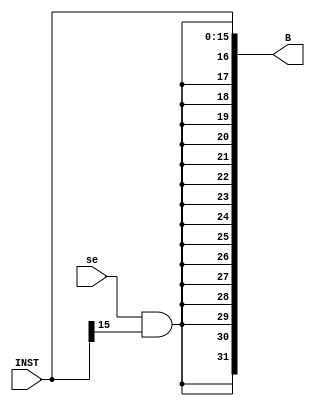
`timescale 1ns / 1ps
//////////////////////////////////////////////////////////////////////////////////
// Company: 
// 
// Design Name: 
// Module Name:    IMM 
// Project Name: 
// Target Devices: 
// Tool versions: 
// Description: 
//
// Dependencies: 
//
// Revision: 
// Revision 0.01 - File Created
// Additional Comments: 
//
//////////////////////////////////////////////////////////////////////////////////
module IMM(
    input [15:0] INST,
    input se,
    output [31:0] B
    );

	wire sign;
	and(sign,se,INST[15]);
	assign B = {sign,sign,sign,sign,sign,sign,sign,sign,sign,sign,sign,sign,sign,sign,sign,sign,INST};

endmodule